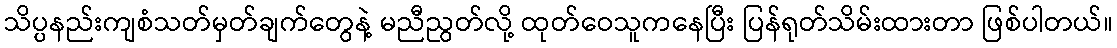
သိပ္ပနည်းကျစံသတ်မှတ်ချက်တွေနဲ့ မညီညွတ်လို့ ထုတ်ဝေသူကနေပြီး ပြန်ရုတ်သိမ်းထားတာ ဖြစ်ပါတယ်။